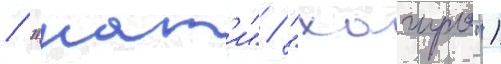
/ "нат'и" / "хагуро")